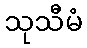
သုသီမံ